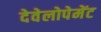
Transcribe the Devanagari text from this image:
देवेलोपेमेंट